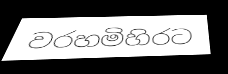
වරහමිහිරට